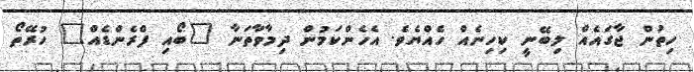
ހިތުން ޖާގައެއް ލިބޭނީ ކިހިނެއް ހެއްޔެވެ. އެހެންކަމުން ދިމާވާތަނާ "ބޯއި ފްރެންޑެއް" ހުރޭތޯ